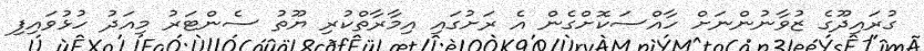
ގުރައިދޫގެ ޒުވާނުންނަށް ހާއްސަކޮށްގެން އެ ރަށުގައި އިމާރާތްކުރި ޔޫތު ސެންޓަރު މިއަދު ހުޅުވައިފި